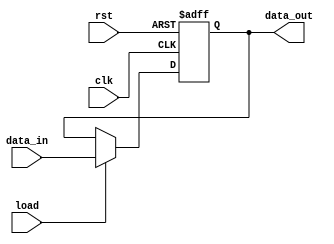
module Register_Unit (data_out, data_in, load, clk, rst);
  parameter 		word_size = 10;
  parameter 		data_size = 8;
  
  output reg[data_size-1: 0] 	data_out;
  input  [data_size-1: 0] 	data_in;
  input 			load;
  input 			clk, rst;
  
  always @ (posedge clk or negedge rst)
    if (rst == 0) data_out <= 0; else if (load) data_out <= data_in;
endmodule